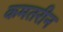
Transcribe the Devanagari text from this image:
कमतरीन